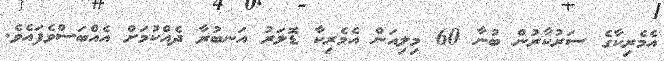
އެމެރިކާގެ ސަރުކާރުން ބުނާ 60 މިލިއަން އެމެރިކާ ޑޮލަރު އަނބުރާ ދެއްކުމަށް އެއްބަސްވެފައެވެ.